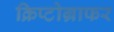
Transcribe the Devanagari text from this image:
क्रिप्टोग्राफर